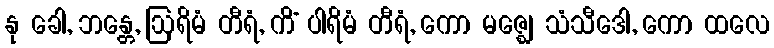
နု ခေါ, ဘန္တေ, ဩရိမံ တီရံ, ကိံ ပါရိမံ တီရံ, ကော မဇ္ဈေ သံသီဒေါ, ကော ထလေ